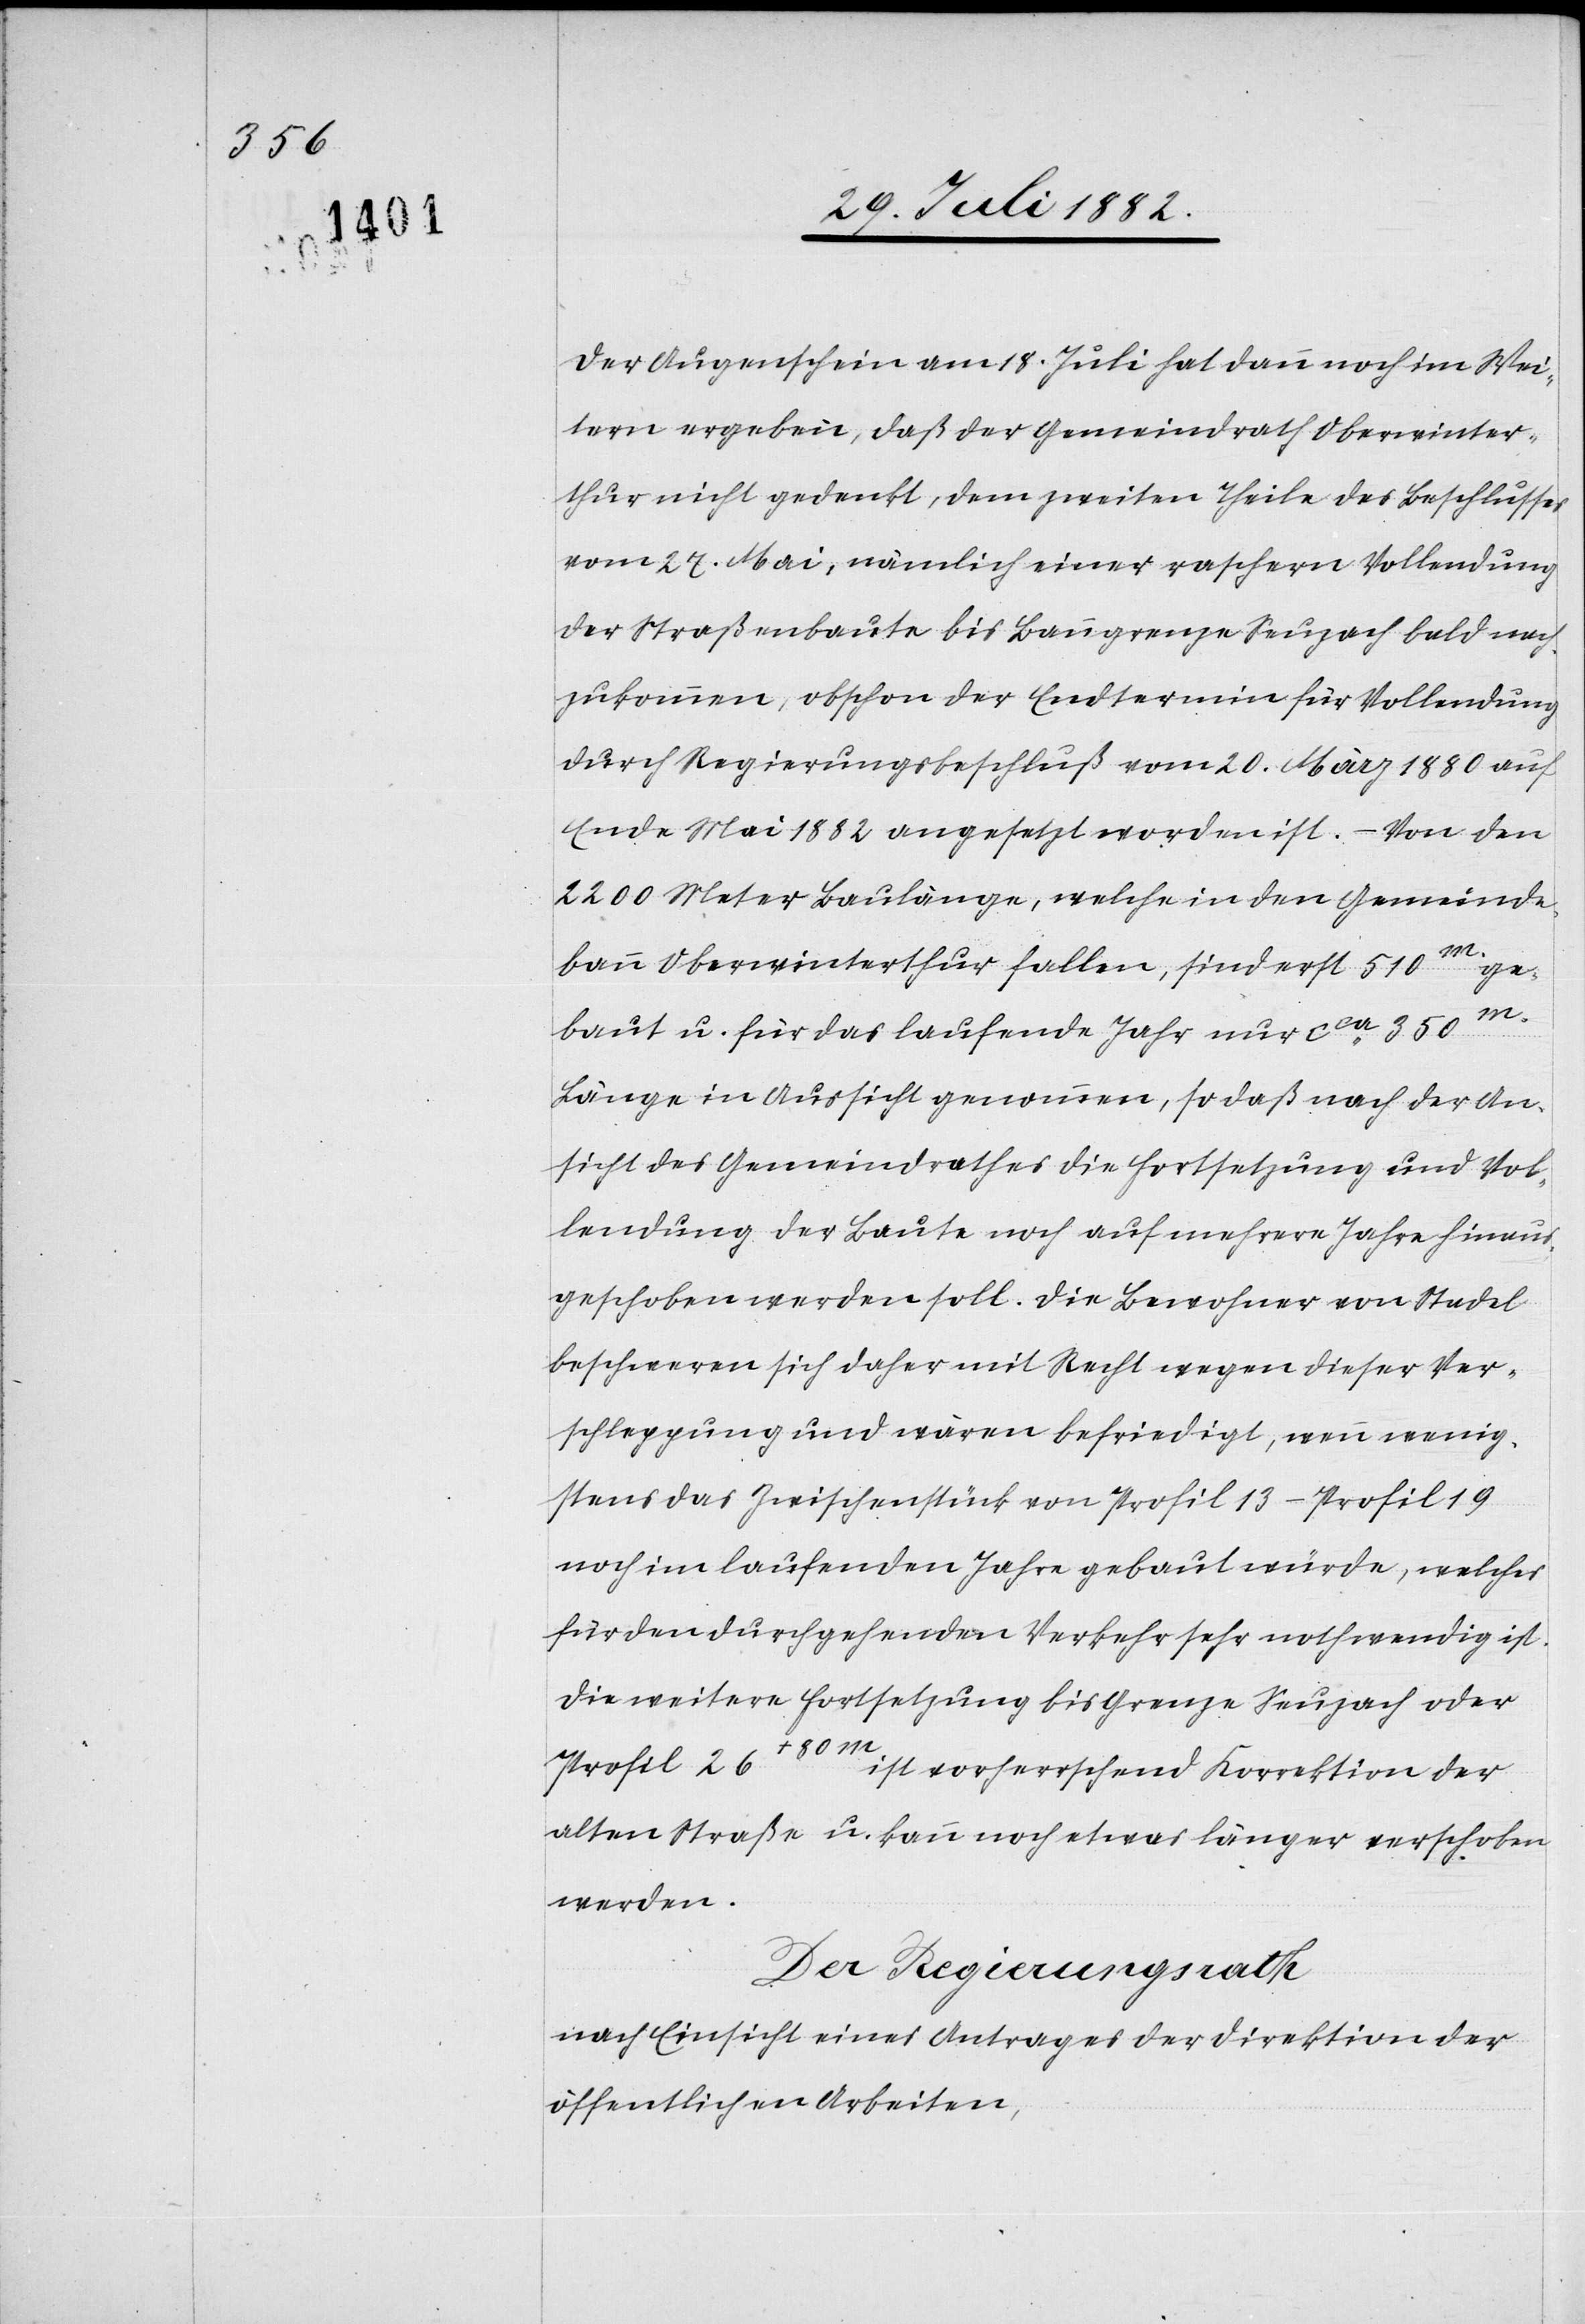
Der Augenschein am 18. Juli hat dann doch im Wei¬
tern ergeben, daß der Gemeindrath Oberwinter¬
thur nicht gedenkt, dem zweiten Theile des Beschlusses
vom 27. Mai, nämlich einer raschern Vollendung
der Straßenbaute bis Banngrenze Seuzach bald nach¬
zukommen, obschon der Endtermin für Vollendung
durch Regierungsbeschluß vom 20. März 1880 auf
Ende Mai 1882 angesetzt worden ist. – Von den
2200 Meter Baulänge, welche in den Gemeinde¬
bann Oberwinterthur fallen, sind erst 510m
ge¬
baut u. für das laufende Jahr nur ca 350m
Länge in Aussicht genommen, so daß nach der An¬
sicht des Gemeindrathes die Fortsetzung und Vol¬
lendung der Baute noch auf mehrere Jahre hinaus
geschoben werden soll. Die Bewohner von Stadel
beschweren sich daher mit Recht wegen dieser Ver¬
schleppung und wären befriedigt, wenn wenig¬
stens das Zwischenstück von Profil 13–Profil 19
noch im laufenden Jahre gebaut würde, welches
für den durchgehenden Verkehr sehr nothwendig ist.
Die weitere Fortsetzung bis Grenze Seuzach oder
Profil 26+80m
ist vorherrschend Korrektion der
alten Straße u. kann noch etwas länger verschoben
werden.
Der Regierungsrath,
nach Einsicht eines Antrages der Direktion der
öffentlichen Arbeiten,